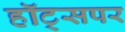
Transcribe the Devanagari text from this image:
हॉट्सपर